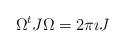
LaTeX: \begin{align*} \Omega^t J \Omega = 2\pi \imath J\end{align*}